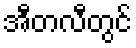
အီတလီတွင်